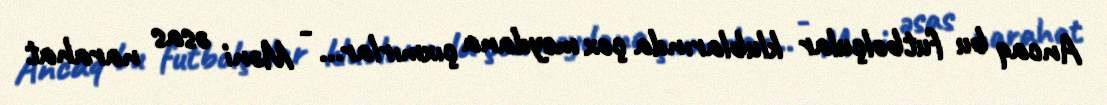
Ancaq bu futbolçular klublarında çox meydana çıxmırlar... - Məni əsas narahat